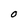
Character: 0